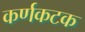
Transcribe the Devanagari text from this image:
कर्णकटक